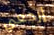
إرجعي